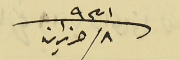
٨ حزيران سنة ٩٣١